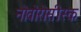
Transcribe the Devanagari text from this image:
नोवोरोसीस्क